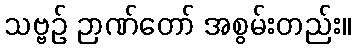
သဗ္ဗဉ် ဉာဏ်တော် အစွမ်းတည်း။